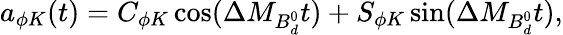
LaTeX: a_{\phi K}(t)=C_{\phi K}\cos(\Delta M_{B_{d}^{0}}t)+S_{\phi K}\sin(\Delta M_{B_{d}^{0}}t),